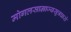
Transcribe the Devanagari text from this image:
मोगलसाम्राज्यसूत्रधारो